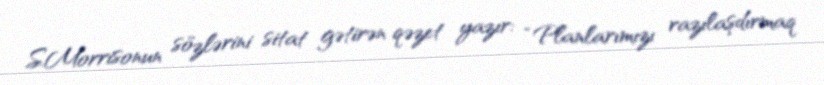
S.Morrisonun sözlərini sitat gətirən qəzet yazır: “Planlarımızı razılaşdırmaq